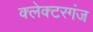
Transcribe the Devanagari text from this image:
क्लेक्टरगंज